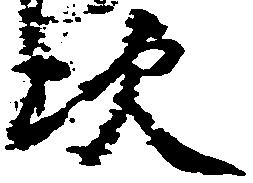
次